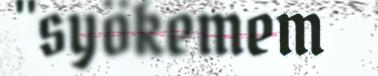
"syökemem